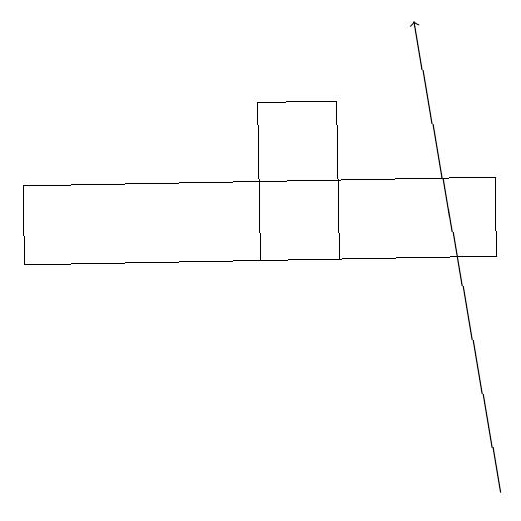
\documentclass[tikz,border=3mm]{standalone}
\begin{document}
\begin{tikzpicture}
\draw (8,14) rectangle (2,13);
\draw[->] (8,10) -- (7,16);
\draw (5,13) rectangle (6,15);
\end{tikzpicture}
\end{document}